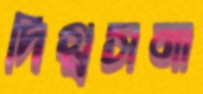
দিগ্বসনা